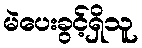
မဲပေးခွင့်ရှိသူ